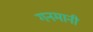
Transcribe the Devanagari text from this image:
गनमानी